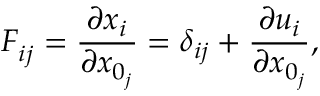
F _ { i j } ^ { \phantom { } } = \frac { \partial x _ { i } } { \partial { x } _ { 0 _ { j } } } = \delta _ { i j } + \frac { \partial u _ { i } } { \partial { x } _ { 0 _ { j } } } ,